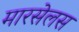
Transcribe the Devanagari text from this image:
मारसेलस